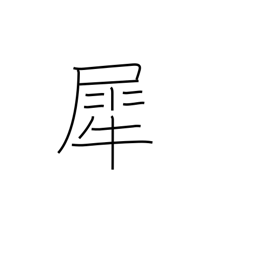
Meaning: rhinoceros